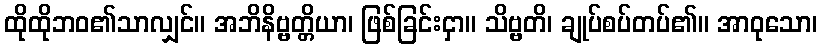
ထိုထိုဘဝ၏သာလျှင်။ အဘိနိဗ္ဗတ္တိယာ၊ ဖြစ်ခြင်းငှာ။ သိဗ္ဗတိ၊ ချုပ်စပ်တပ်၏။ အာဝုသော၊